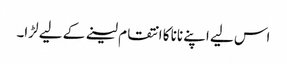
اس لیے اپنے نانا کا انتقام لینے کے لیے لڑا۔